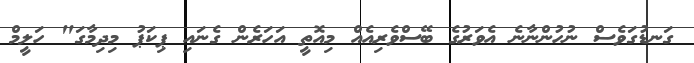
ގަނޑުގަވެސް ނުހުންނާނެ އެވަރުގެ ބޭސްވެރިއެއް މިއޮތީ އަހަރެން ގެނައި ޕިކަޕު މިދިމާގަ" ހަލީމް